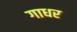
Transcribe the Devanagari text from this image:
गाधर